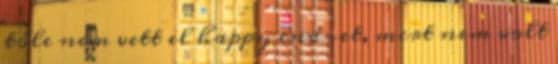
tőle nem vett el happy end-et, mert nem volt